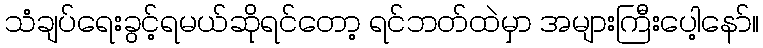
သံချပ်ရေးခွင့်ရမယ်ဆိုရင်တော့ ရင်ဘတ်ထဲမှာ အများကြီးပေါ့နော်။